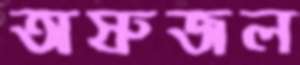
অস্রুজল